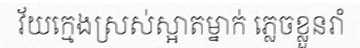
វ័យក្មេងស្រស់ស្អាតម្នាក់ ភ្លេចខ្លួនរាំ